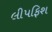
લીપફિશ